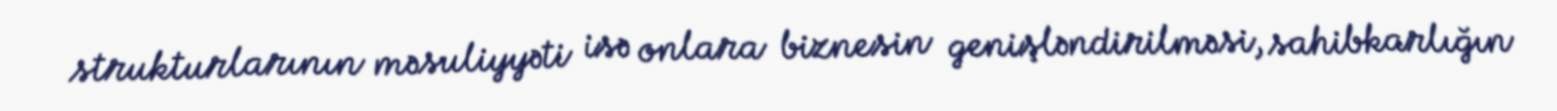
strukturlarının məsuliyyəti isə onlara biznesin genişləndirilməsi, sahibkarlığın